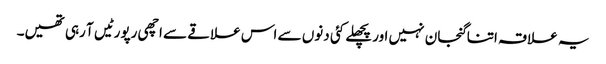
یہ علاقہ اتنا گنجان نہیں اور پچھلے کئی دنوں سے اس علاقے سے اچھی رپورٹیں آ رہی تھیں۔